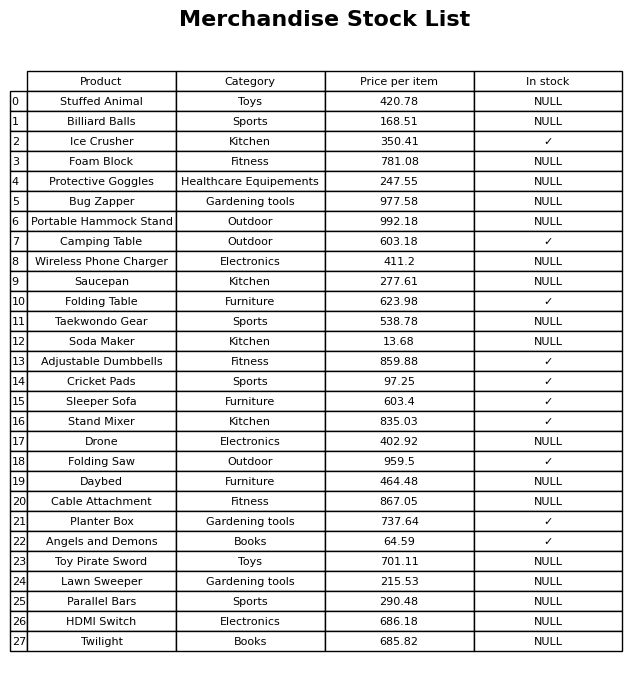
question: What category does the Parallel Bars belong to?
answer: Sports